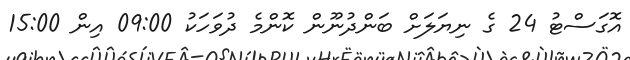
އޮގަސްޓު 24 ގެ ނިޔަލަށް ބަންދުނޫން ކޮންމެ ދުވަހަކު 09:00 އިން 15:00